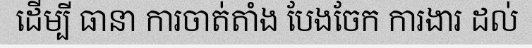
ដើម្បី ធានា ការចាត់តាំង បែងចែក ការងារ ដល់